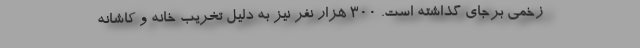
زخمی برجای گذاشته است. ۳۰۰ هزار نفر نیز به دلیل تخریب خانه و کاشانه‌